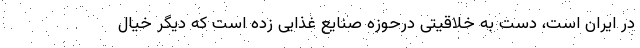
در ایران است، دست به خلاقیتی درحوزه صنایع غذایی زده است که دیگر خیال